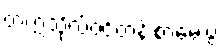
တက္ကသိုလ်ဝင်တန်းစာမေးပွဲ